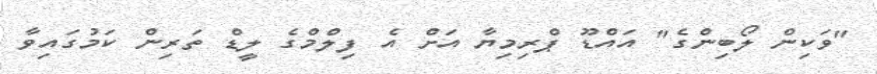
"ވަކިން ލޯބިންގެ" އައްޑޫ ޕްރިމިޔާ އަށް އެ ފިލްމްގެ ލީޑް ތަރިން ކަމުގައިވާ